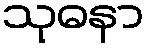
သုဓနာ